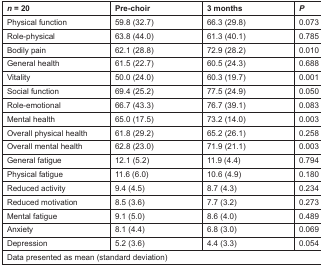
<table><thead><tr><td><b><i>n</i> = 20</b></td><td><b>Pre-choir</b></td><td><b>3 months</b></td><td><b><i>P</i></b></td></tr></thead><tbody><tr><td>Physical function</td><td>59.8 (32.7)</td><td>66.3 (29.8)</td><td>0.073</td></tr><tr><td>Role-physical</td><td>63.8 (44.0)</td><td>61.3 (40.1)</td><td>0.785</td></tr><tr><td>Bodily pain</td><td>62.1 (28.8)</td><td>72.9 (28.2)</td><td>0.010</td></tr><tr><td>General health</td><td>61.5 (22.7)</td><td>60.5 (24.3)</td><td>0.688</td></tr><tr><td>Vitality</td><td>50.0 (24.0)</td><td>60.3 (19.7)</td><td>0.001</td></tr><tr><td>Social function</td><td>69.4 (25.2)</td><td>77.5 (24.9)</td><td>0.050</td></tr><tr><td>Role-emotional</td><td>66.7 (43.3)</td><td>76.7 (39.1)</td><td>0.083</td></tr><tr><td>Mental health</td><td>65.0 (17.5)</td><td>73.2 (14.0)</td><td>0.003</td></tr><tr><td>Overall physical health</td><td>61.8 (29.2)</td><td>65.2 (26.1)</td><td>0.258</td></tr><tr><td>Overall mental health</td><td>62.8 (23.0)</td><td>71.9 (21.1)</td><td>0.003</td></tr><tr><td>General fatigue</td><td>12.1 (5.2)</td><td>11.9 (4.4)</td><td>0.794</td></tr><tr><td>Physical fatigue</td><td>11.6 (6.0)</td><td>10.6 (4.9)</td><td>0.180</td></tr><tr><td>Reduced activity</td><td>9.4 (4.5)</td><td>8.7 (4.3)</td><td>0.234</td></tr><tr><td>Reduced motivation</td><td>8.5 (3.6)</td><td>7.7 (3.2)</td><td>0.273</td></tr><tr><td>Mental fatigue</td><td>9.1 (5.0)</td><td>8.6 (4.0)</td><td>0.489</td></tr><tr><td>Anxiety</td><td>8.1 (4.4)</td><td>6.8 (3.0)</td><td>0.069</td></tr><tr><td>Depression</td><td>5.2 (3.6)</td><td>4.4 (3.3)</td><td>0.054</td></tr><tr><td colspan="4">Data presented as mean (standard deviation)</td></tr></tbody></table>